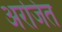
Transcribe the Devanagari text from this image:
अरजित